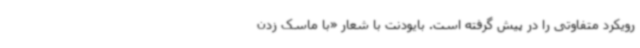
رویکرد متفاوتی را در پیش‌ گرفته است. بایودنت با شعار «با ماسک زدن